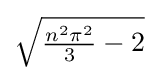
{\textstyle {\sqrt {{\frac {n^{2}\pi ^{2}}{3}}-2}}}